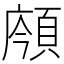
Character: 𩒯